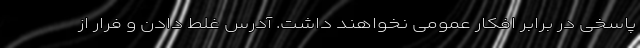
پاسخی در برابر افکار عمومی نخواهند داشت. آدرس غلط دادن و فرار از